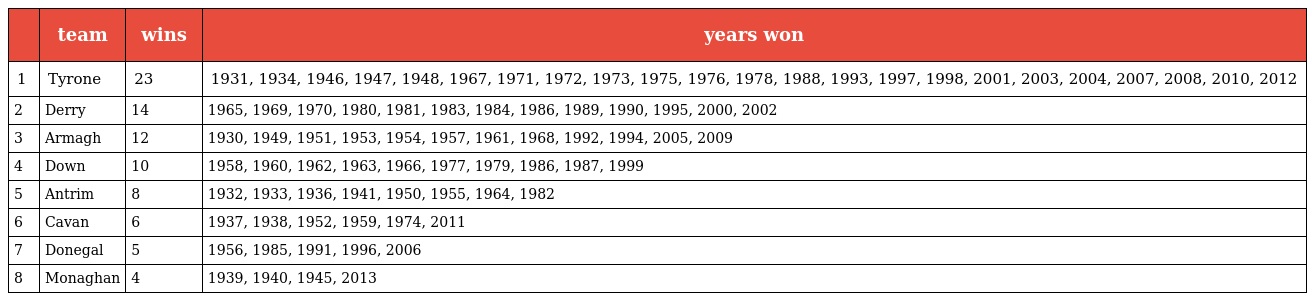
|  | team | wins | years won |
 | --- | --- | --- | --- |
 | 1 | Tyrone | 23 | 1931, 1934, 1946, 1947, 1948, 1967, 1971, 1972, 1973, 1975, 1976, 1978, 1988, 1993, 1997, 1998, 2001, 2003, 2004, 2007, 2008, 2010, 2012 |
 | 2 | Derry | 14 | 1965, 1969, 1970, 1980, 1981, 1983, 1984, 1986, 1989, 1990, 1995, 2000, 2002 |
 | 3 | Armagh | 12 | 1930, 1949, 1951, 1953, 1954, 1957, 1961, 1968, 1992, 1994, 2005, 2009 |
 | 4 | Down | 10 | 1958, 1960, 1962, 1963, 1966, 1977, 1979, 1986, 1987, 1999 |
 | 5 | Antrim | 8 | 1932, 1933, 1936, 1941, 1950, 1955, 1964, 1982 |
 | 6 | Cavan | 6 | 1937, 1938, 1952, 1959, 1974, 2011 |
 | 7 | Donegal | 5 | 1956, 1985, 1991, 1996, 2006 |
 | 8 | Monaghan | 4 | 1939, 1940, 1945, 2013 |